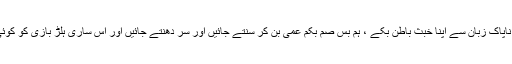
کوئی کتا اس پاک ذات کو گالی دے یا کوئی خنزیر اپنی ناپاک زبان سے اپنا خبث باطن بکے ، ہم بس صمّ بکم عمی بن کر سنتے جائیں اور سر دھنتے جائیں اور اس ساری ہلڑ بازی کو کوئی فاحشہ پردہ ِ سکرین پر آ کر فریڈم آف سپیچ کا نام دے۔